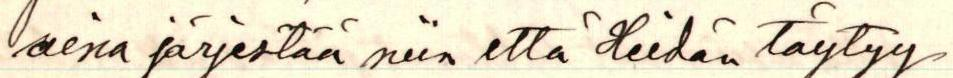
aina järjestää niin että heidän täytyy